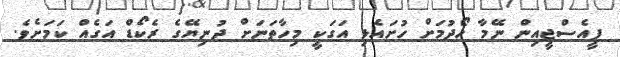
ފީއެސްޖީއިން ނޭމާ ހޯދުމަށް ހުށައެޅި އަގަކީ މިހާތަނަށް ދުނިޔޭގެ ރެކޯޑް އަގެއް ކަމަށެވެ.